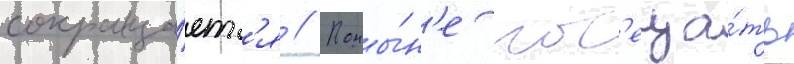
сокраща́етс'я // Поны́н'е пос'еща́ть